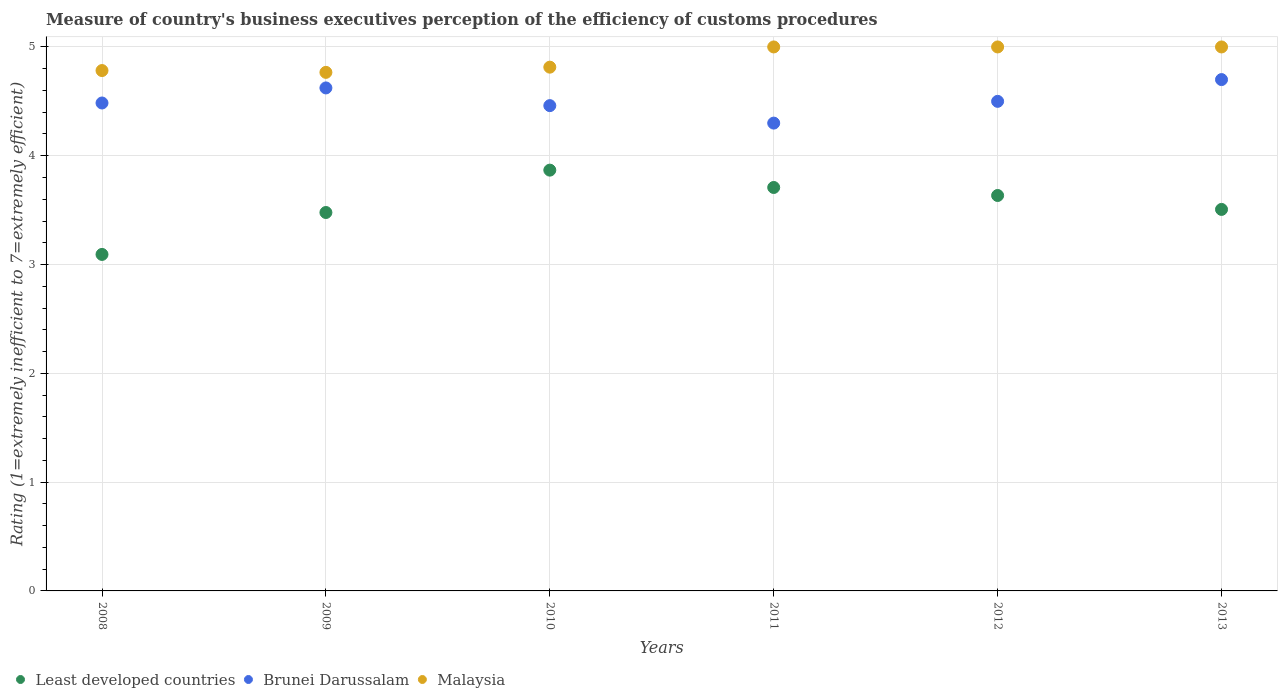
| Years | Least developed countries | Brunei Darussalam | Malaysia |
 | --- | --- | --- | --- |
 | 2008 | 3.09 | 4.48 | 4.78 |
 | 2009 | 3.48 | 4.62 | 4.77 |
 | 2010 | 3.87 | 4.46 | 4.81 |
 | 2011 | 3.71 | 4.3 | 5 |
 | 2012 | 3.63 | 4.5 | 5 |
 | 2013 | 3.51 | 4.7 | 5 |